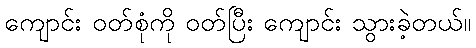
ကျောင်း ဝတ်စုံကို ဝတ်ပြီး ကျောင်း သွားခဲ့တယ်။